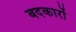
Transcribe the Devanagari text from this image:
बदकारों